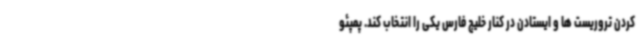
کردن تروریست ها و ایستادن در کنار خلیج فارس یکی را انتخاب کند. پمپئو